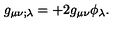
g _ { \mu \nu ; \lambda } = + 2 g _ { \mu \nu } \phi _ { \lambda } .